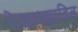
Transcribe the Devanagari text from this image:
रेखाच्छादित